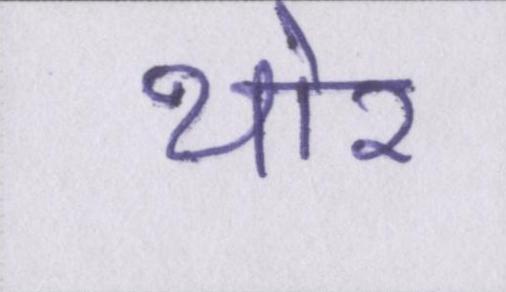
थोर